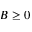
B \geq 0